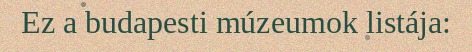
Ez a budapesti múzeumok listája: